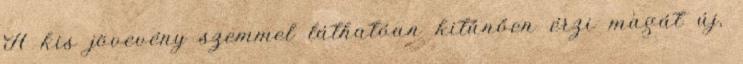
A kis jövevény szemmel láthatóan kitűnően érzi magát új,